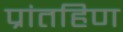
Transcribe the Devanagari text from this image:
प्रांतहिण